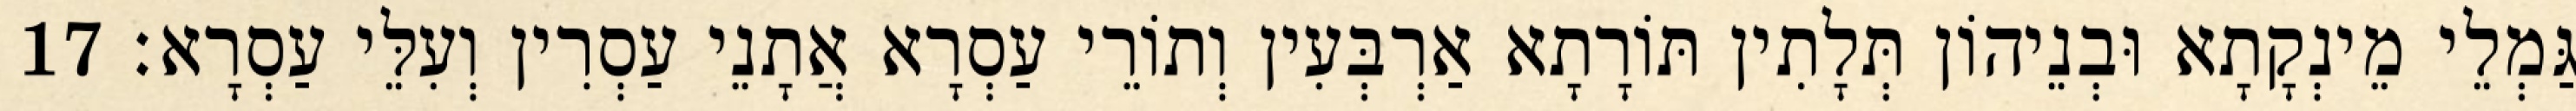
גַּמְלֵי מֵינְקָתָא וּבְנֵיהוֹן תְּלָתִין תּוֹרָתָא אַרְבְּעִין וְתוֹרֵי עַסְרָא אֲתָנֵי עַסְרִין וְעִלֵּי עַסְרָא׃ 17